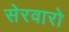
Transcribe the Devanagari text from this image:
सेरवारो